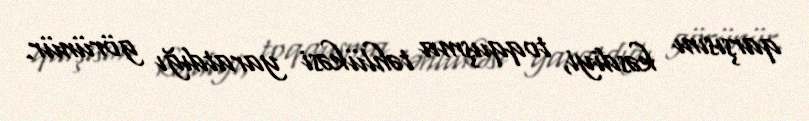
qarşısını kəsdiyi, toqquşma təhlükəsi yaratdığı görünür.